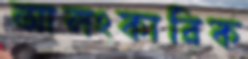
আলংকারিক